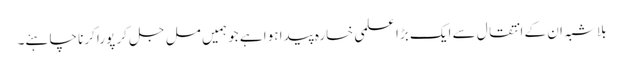
بلاشبہ ان کے انتقال سے ایک بڑا علمی خسارہ پیدا ہوا ہے جو ہمیں مل جل کر پورا کرنا چاہئے۔